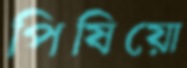
পিষিয়ো